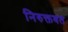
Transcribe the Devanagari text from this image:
निरुक्तवत